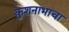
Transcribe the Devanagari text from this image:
कुशनाभाचा